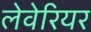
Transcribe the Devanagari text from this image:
लेवेरियर